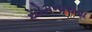
સોમનાથના